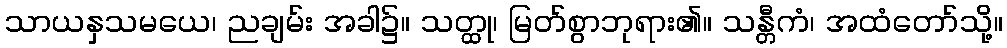
သာယနှသမယေ၊ ညချမ်း အခါ၌။ သတ္ထု၊ မြတ်စွာဘုရား၏။ သန္တီကံ၊ အထံတော်သို့။